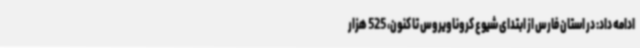
ادامه داد: در استان فارس از ابتدای شیوع کروناویروس تا کنون، 525 هزار